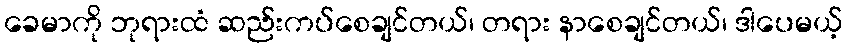
ခေမာကို ဘုရားထံ ဆည်းကပ်စေချင်တယ်၊ တရား နာစေချင်တယ်၊ ဒါပေမယ့်